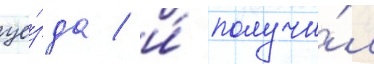
уе́зда / и́ получи́л